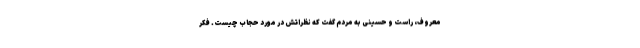
معروف، راست و حسینی به مردم گفت که نظراتش در مورد حجاب چیست. فکر